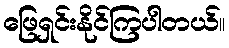
ဖြေရှင်းနိုင်ကြပါတယ်။